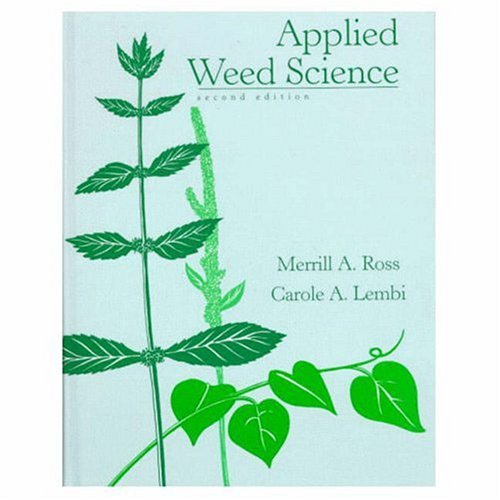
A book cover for Applied Weed Science (2nd Edition); Merrill A. Ross; Crafts, Hobbies & Home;